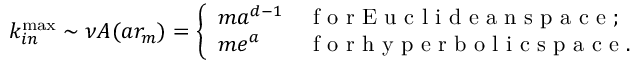
k _ { i n } ^ { \operatorname* { m a x } } \sim \nu A ( a r _ { m } ) = \left\{ \begin{array} { l l } { m a ^ { d - 1 } } & { \mathrm { ~ f ~ o ~ r ~ E ~ u ~ c ~ l ~ i ~ d ~ e ~ a ~ n ~ s ~ p ~ a ~ c ~ e ~ ; ~ } \medskip } \\ { m e ^ { a } } & { \mathrm { ~ f ~ o ~ r ~ h ~ y ~ p ~ e ~ r ~ b ~ o ~ l ~ i ~ c ~ s ~ p ~ a ~ c ~ e ~ . ~ } } \end{array} \right.